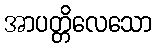
အာပတ္တိလေသော